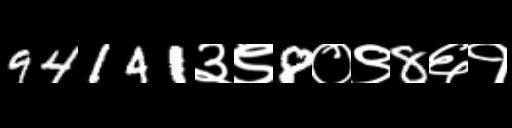
Text: 94141३९8०९8६१